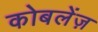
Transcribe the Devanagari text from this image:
कोबलेंज़